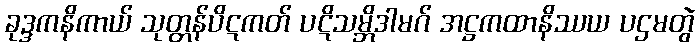
ခုဒ္ဒကနိကာယ် သုတ္တန်ပိဋကတ် ပဋိသမ္ဘိဒါမဂ် အဋ္ဌကထာနိဿယ ပဌမတွဲ